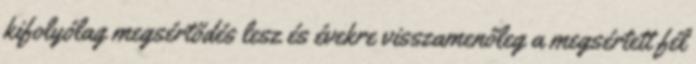
kifolyólag megsértődés lesz és évekre visszamenőleg a megsértett fél